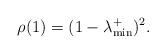
LaTeX: \begin{align*} \rho(1) = (1 - \lambda_{\min}^+)^2. \end{align*}